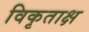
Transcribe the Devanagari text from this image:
विकृताक्ष